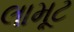
લામૂટ